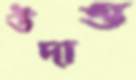
উদাত্ত